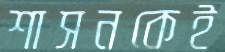
শাসনকেই